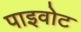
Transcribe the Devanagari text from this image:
पाइवोट